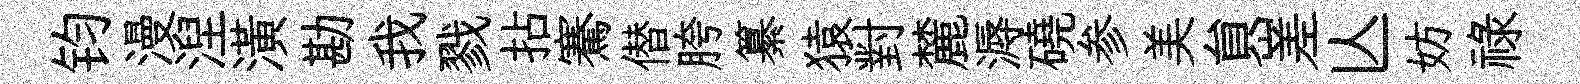
钧漫湼潢勘我戮拈騫僣胯纂猿對麓溽磽参美貟嵳亾妨禄